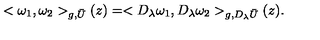
< \omega _ { 1 } , \omega _ { 2 } > _ { g , \bar { U } } ( z ) = < D _ { \lambda } \omega _ { 1 } , D _ { \lambda } \omega _ { 2 } > _ { g , D _ { \lambda } \bar { U } } ( z ) .